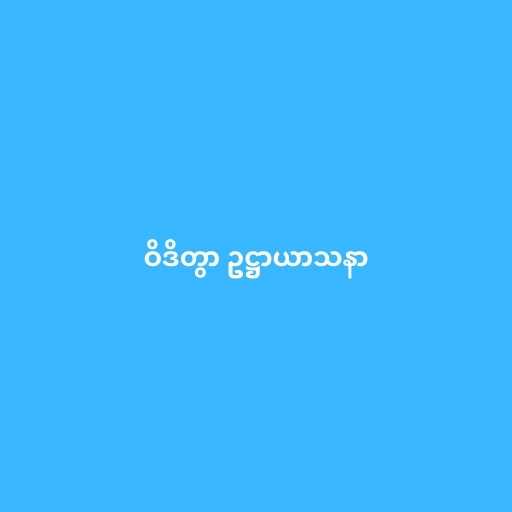
ဝိဒိတွာ ဥဋ္ဌာယာသနာ